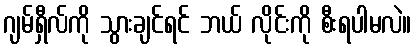
ဂျမ်ရှီလ်ကို သွားချင်ရင် ဘယ် လိုင်းကို စီးရပါမလဲ။